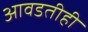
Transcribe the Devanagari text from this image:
आवडतीही